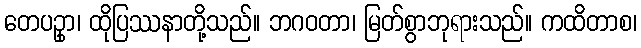
တေပဥှာ၊ ထိုပြဿနာတို့သည်။ ဘဂဝတာ၊ မြတ်စွာဘုရားသည်။ ကထိတာစ၊